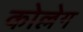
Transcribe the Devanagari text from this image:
कोल्लेग